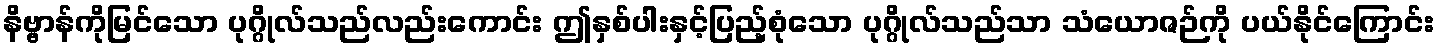
နိဗ္ဗာန်ကိုမြင်သော ပုဂ္ဂိုလ်သည်လည်းကောင်း ဤနှစ်ပါးနှင့်ပြည့်စုံသော ပုဂ္ဂိုလ်သည်သာ သံယောဇဉ်ကို ပယ်နိုင်ကြောင်း